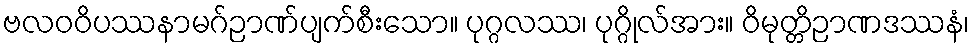
ဗလဝဝိပဿနာမဂ်ဉာဏ်ပျက်စီးသော။ ပုဂ္ဂလဿ၊ ပုဂ္ဂိုလ်အား။ ဝိမုတ္တိဉာဏဒဿနံ၊